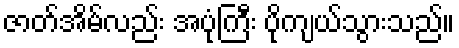
ဇာတ်အိမ်လည်း အပုံကြီး ပိုကျယ်သွားသည်။